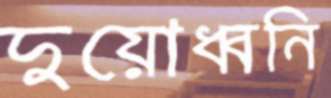
দুয়োধ্বনি